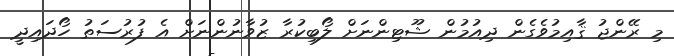
މި ރޭންޖު ޤާއިމުވެގެން ދިއުމުން ޝޫޓިންނަށް ލޯބިކުރާ ޒުވާނުންނަށް އެ ފުރުސަތު ހޯދައިދީ